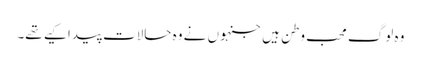
وہ لوگ محب وطن ہیں جنہوں نے وہ حالات پیدا کیے تھے۔